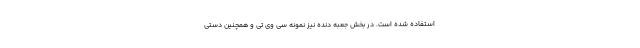
استفاده شده است. در بخش جعبه دنده نیز نمونه سی وی تی و همچنین دستی